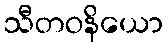
သီတဝနိယော